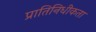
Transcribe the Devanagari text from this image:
प्रातिनिधीकता